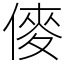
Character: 𠍅